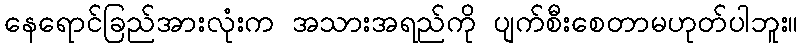
နေရောင်ခြည်အားလုံးက အသားအရည်ကို ပျက်စီးစေတာမဟုတ်ပါဘူး။